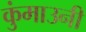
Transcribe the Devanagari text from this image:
कुंमाउनी